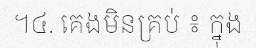
។៤. គេងមិនគ្រប់ ៖ ក្នុង